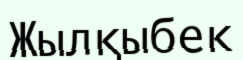
Жылқыбек